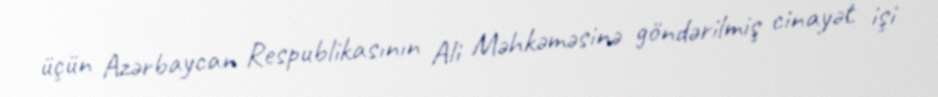
üçün Azərbaycan Respublikasının Ali Məhkəməsinə göndərilmiş cinayət işi